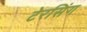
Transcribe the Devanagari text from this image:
टेरसिंग